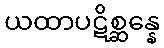
ယထာပဋိစ္ဆန္နေ